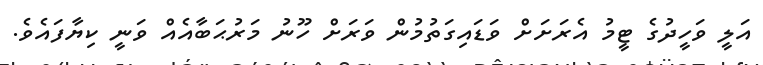
އަލީ ވަހީދުގެ ޓީމު އެރަށަށް ވަޑައިގަތުމުން ވަރަށް ހޫނު މަރުޙަބާއެއް ވަނީ ކިޔާފައެވެ.